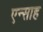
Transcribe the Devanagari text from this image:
एन्साह